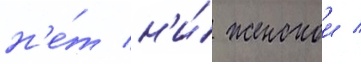
н'е́т н'и́ женскои /